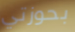
بحوزتي